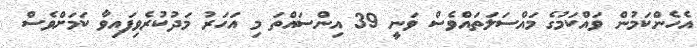
އެހެންކަމުން ވައްކަމުގެ މައްސަލަތައްވެސް ވަނީ 39 އިންސައްތަ މި އަހަރު މަދުކުރެވިފައިވާ ކަމަށްވެސް